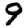
Digit: 9